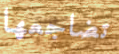
تضاجعها